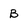
Character: B